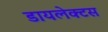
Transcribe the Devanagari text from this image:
डायलेक्टस